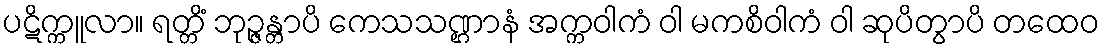
ပဋိက္ကူလာ။ ရတ္တိံ ဘုဉ္ဇန္တာပိ ကေသသဏ္ဌာနံ အက္ကဝါကံ ဝါ မကစိဝါကံ ဝါ ဆုပိတွာပိ တထေဝ